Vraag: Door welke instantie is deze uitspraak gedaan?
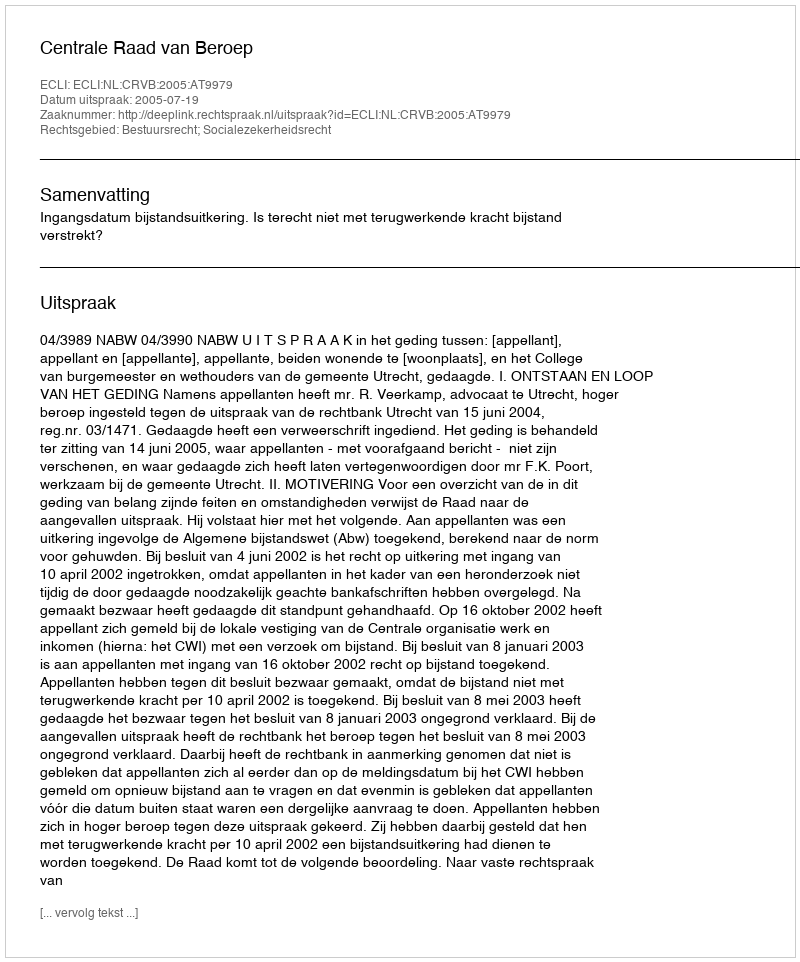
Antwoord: Centrale Raad van Beroep